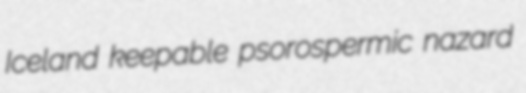
Iceland keepable psorospermic nazard